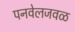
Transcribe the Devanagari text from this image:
पनवेलजवळ